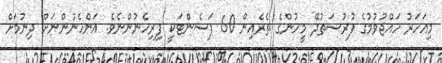
މިއަހަރު ހައްޖުވުމުގެ ފުރުސަތުދޭ މީހުންގެ ތެރެއިން 60 ޕަސެންޓަކީ ފިރިހެނުންނެވެ. އަންހެނުންނަށް ދިނުމަށް